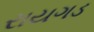
રાયગડ